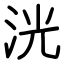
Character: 洸